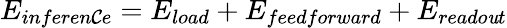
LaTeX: E_{inferen\mathcal{C}e}=E_{load}+E_{feedforward}+E_{reado\mathit{u}t}